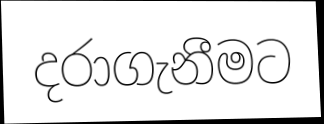
දරාගැනීමට